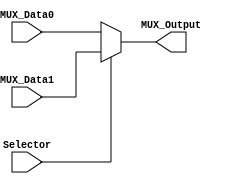
/******************************************************************
* Description
*	Multiplexor para seales de control
* Author:
*	Sergio Chung/Daniel Barragan
* Date:
*	09/07/2017
******************************************************************/

module Multiplexer2to1Reg
(
	input Selector,
	input MUX_Data0,
	input MUX_Data1,
	
	output reg MUX_Output

);

	always@(Selector,MUX_Data1,MUX_Data0) begin
		if(Selector)
			MUX_Output = MUX_Data1;
		else
			MUX_Output = MUX_Data0;
	end

endmodule